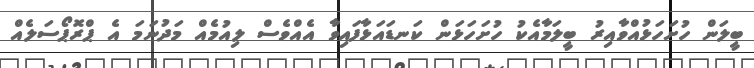
ބީލަން ހުށަހަޅުއްވާއިރު ބީލަމާއެކު ހުށަހަޅަން ކަނޑައަޅާފައިވާ އެއްވެސް ލިއުމެއް މަދުނަމަ އެ ޕްރޮޕޯސަލެއް